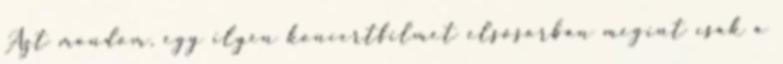
Azt mondom, egy ilyen koncertfilmet elsősorban megint csak a